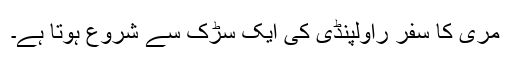
مری کا سفر راولپنڈی کی ایک سڑک سے شروع ہوتا ہے۔